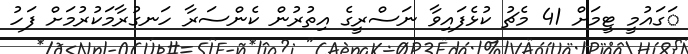
ަގައުމީ ޓީމަށް 41 މެޗު ކުޅެފައިވާ ނަސްރީގެ އިތުރުން ކެންސަރާ ހަނގުރާމަކުރުމަށް ފަހު